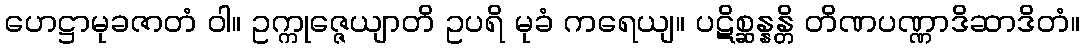
ဟေဋ္ဌာမုခဇာတံ ဝါ။ ဥက္ကုဇ္ဇေယျာတိ ဥပရိ မုခံ ကရေယျ။ ပဋိစ္ဆန္နန္တိ တိဏပဏ္ဏာဒိဆာဒိတံ။